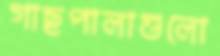
গাছপালাগুলো